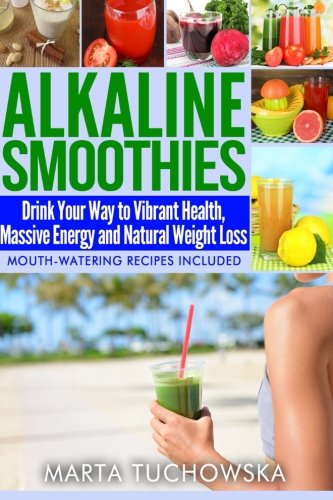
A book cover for Alkaline Smoothies: Drink Your Way to Vibrant Health, Massive Energy and Natural Weight Loss (Alkaline Diet Lifestyle: Alkaline Recipes, Alkaline Foods) (Volume 6); Marta Tuchowska; Cookbooks, Food & Wine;